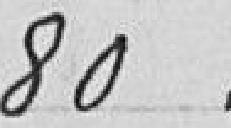
80,00